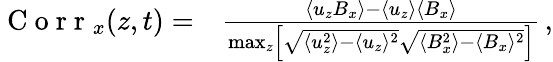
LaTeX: \begin{array}{rl}{\mathrm{~C~o~r~r~}_{x}(z,t)=}&{{}\frac{\langle u_{z}B_{x}\rangle-\langle u_{z}\rangle\langle B_{x}\rangle}{\operatorname*{max}_{z}\left[\sqrt{\langle u_{z}^{2}\rangle-\langle u_{z}\rangle^{2}}\sqrt{\langle B_{x}^{2}\rangle-\langle B_{x}\rangle^{2}}\right]}\, ,}\end{array}